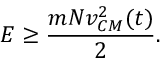
E \ge \frac { m N v _ { C M } ^ { 2 } ( t ) } { 2 } .